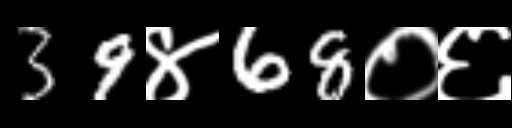
Text: 39४68०६